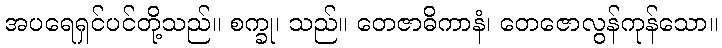
အပရေရှင်ပင်တို့သည်။ စက္ခု၊ သည်။ တေဇာဓိကာနံ၊ တေဇောလွန်ကုန်သော။